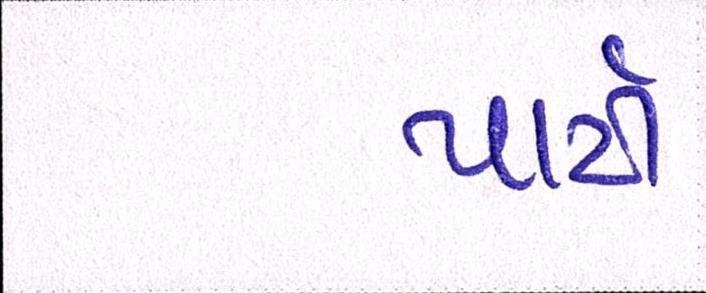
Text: પાર્ટી